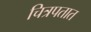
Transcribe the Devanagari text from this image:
चित्रपतात